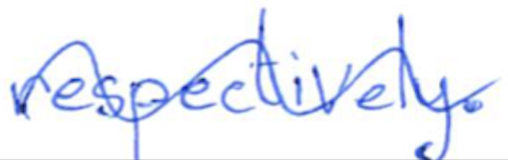
Text: respectively.
Cross-out: wave
Writing tool: ballpoint